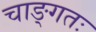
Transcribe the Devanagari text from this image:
चाङ्गतः